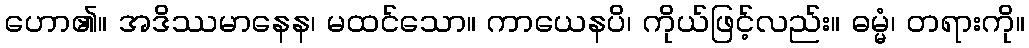
ဟော၏။ အဒိဿမာနေန၊ မထင်သော။ ကာယေနပိ၊ ကိုယ်ဖြင့်လည်း။ ဓမ္မံ၊ တရားကို။